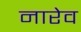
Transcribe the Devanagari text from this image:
नारेव